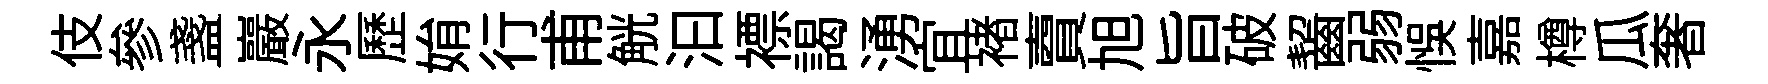
伎參盞巖永歷姢行甫觥汩褾謁湧宜褚𧶠旭旨破齧弱悞嘉樽瓜奢